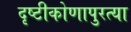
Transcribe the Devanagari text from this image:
दृष्टीकोणापुरत्या